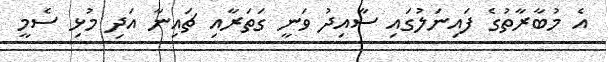
އެ މުބާރާތުގެ ފައިނަލުގައި ސާއިދު ވަނީ ގަތަރާއި ޗައިނާ އަދި މުޅި ސެމީ